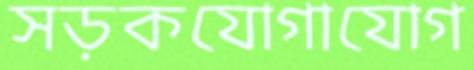
সড়কযোগাযোগ